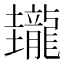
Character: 𪚝